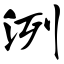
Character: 洌